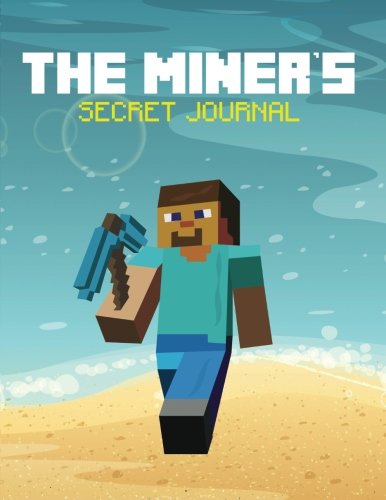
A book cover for The Miner's Secret  Journal (The Blokehead Success Series); The Blokehead; Humor & Entertainment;